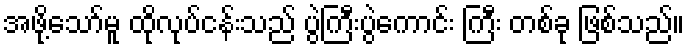
အဖို့သော်မူ ထိုလုပ်ငန်းသည် ပွဲကြီးပွဲကောင်း ကြီး တစ်ခု ဖြစ်သည်။